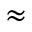
\approx